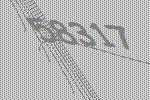
58317